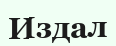
Издал